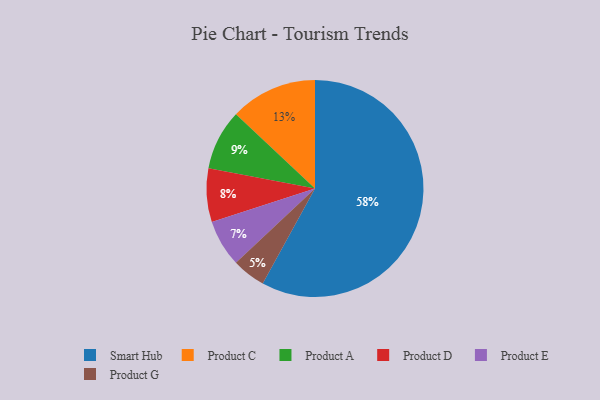
{"axis": {"x": "Category", "y": "Percentage"}, "legend": ["Product A", "Product C", "Product D", "Product E", "Product G", "Smart Hub"], "data": [{"x": "Product C", "y": 13, "type": "Product C"}, {"x": "Smart Hub", "y": 58, "type": "Smart Hub"}, {"x": "Product G", "y": 5, "type": "Product G"}, {"x": "Product D", "y": 8, "type": "Product D"}, {"x": "Product A", "y": 9, "type": "Product A"}, {"x": "Product E", "y": 7, "type": "Product E"}]}